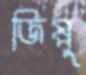
জিপ্পু